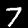
Label: 7